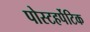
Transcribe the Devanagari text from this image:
पोस्टहर्पेटिक